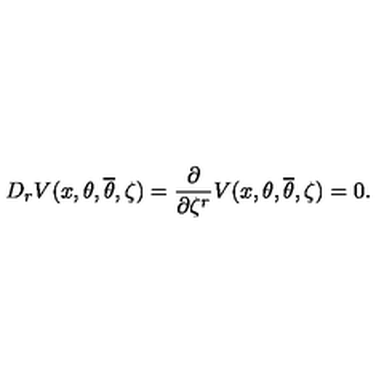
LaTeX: D _ { r } V ( x , \theta , { \overline { \theta } } , \zeta ) = \frac { \partial } { \partial \zeta ^ { r } } V ( x , \theta , { \overline { \theta } } , \zeta ) = 0 .